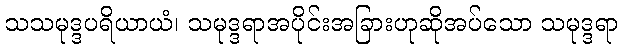
သသမုဒ္ဒပရိယာယံ၊ သမုဒ္ဒရာအပိုင်းအခြားဟုဆိုအပ်သော သမုဒ္ဒရာ